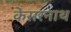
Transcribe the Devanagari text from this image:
केसरनाथ